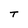
Character: T